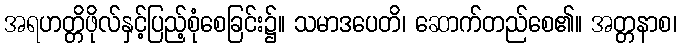
အရဟတ္တိဖိုလ်နှင့်ပြည့်စုံစေခြင်း၌။ သမာဒပေတိ၊ ဆောက်တည်စေ၏။ အတ္တနာစ၊